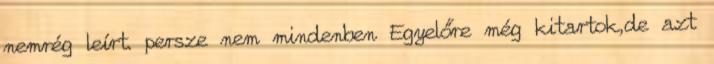
nemrég leírt. persze nem mindenben Egyelőre még kitartok,de azt